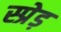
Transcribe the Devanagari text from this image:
स्प्रेड़